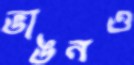
ভাঙনও